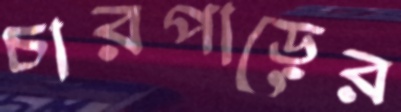
চারপাড়ের